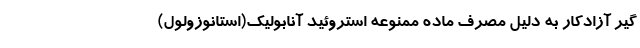
گیر آزادکار به دلیل مصرف ماده ممنوعه استروئید آنابولیک(استانوزولول)